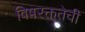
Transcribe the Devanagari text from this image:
विषरक्ततेची